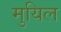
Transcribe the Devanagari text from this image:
मुयिल